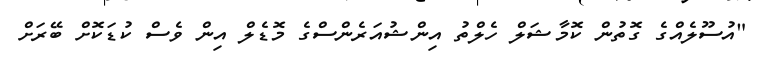
"އުސޫލެއްގެ ގޮތުން ކޮމާޝަލް ހެލްތު އިންޝުއަރެންސްގެ މޮޑެލް އިން ވެސް ކުޑަކޮށް ބޭރަށް